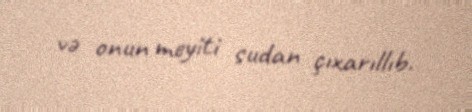
və onun meyiti sudan çıxarıllıb.